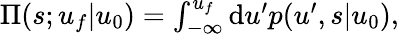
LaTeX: \begin{array}{r}{\Pi(s;u_{f}|u_{0})=\int_{-\infty}^{u_{f}}\mathrm{d}u^{\prime}p(u^{\prime},s|u_{0}),}\end{array}